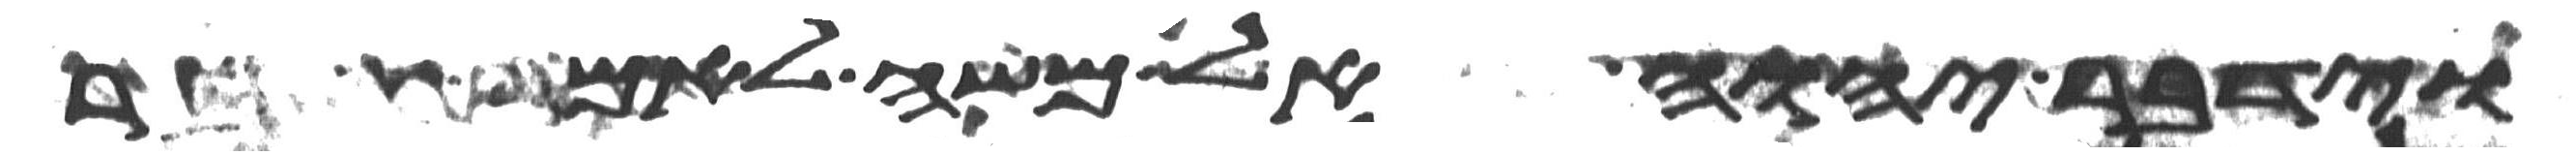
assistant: וידבר יהוה אל משה לאמר